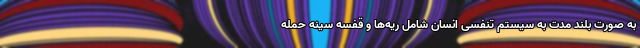
به صورت بلند مدت به سیستم تنفسی انسان شامل ریه‌ها و قفسه سینه حمله